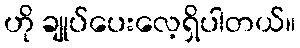
ဟို ချုပ်ပေးလေ့ရှိပါတယ်။